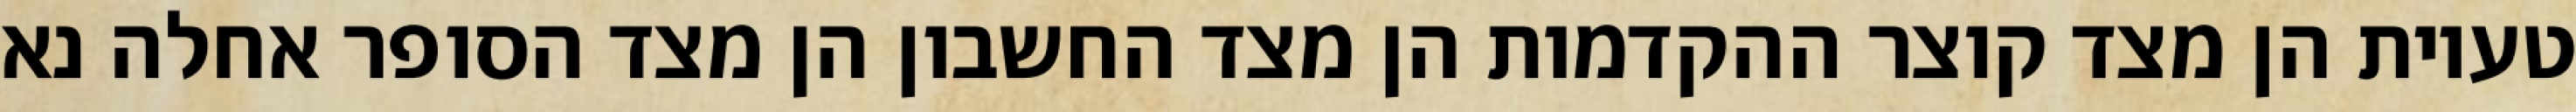
טעיות הן מצד קוצר ההקדמות הן מצד החשבון הן מצד הסופר אחלה נא